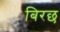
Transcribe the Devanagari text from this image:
बिरछ